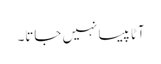
آٹا پیسا نہیں جاتا۔